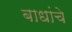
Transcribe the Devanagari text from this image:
बाधांचे